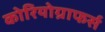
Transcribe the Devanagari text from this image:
कोरियोग्राफर्स